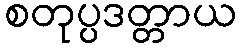
စတုပ္ပဒတ္တာယ